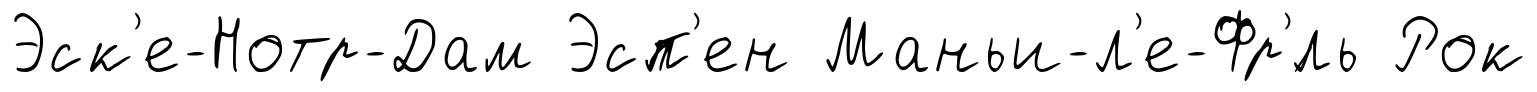
Эск'е-Нотр-Дам Эсп'ен Маньи-л'е-Фр'́ль Рок